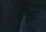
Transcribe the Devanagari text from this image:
घेड